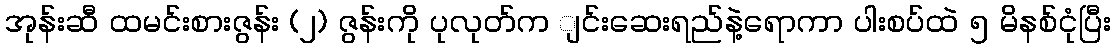
အုန်းဆီ ထမင်းစားဇွန်း (၂) ဇွန်းကို ပုလုတ်က ျင်းဆေးရည်နဲ့ရောကာ ပါးစပ်ထဲ ၅ မိနစ်ငုံပြီး